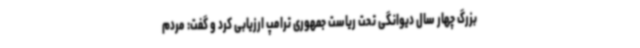
بزرگ چهار سال دیوانگی تحت ریاست جمهوری ترامپ ارزیابی کرد و گفت: مردم